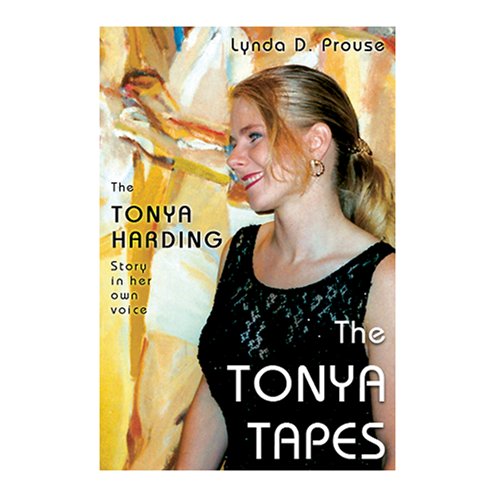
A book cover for The Tonya Tapes; Lynda Prouse; Sports & Outdoors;